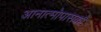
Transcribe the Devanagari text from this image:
आनात्मोपासकों